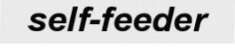
self-feeder